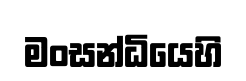
මංසන්ධියෙහි